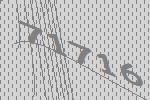
71716